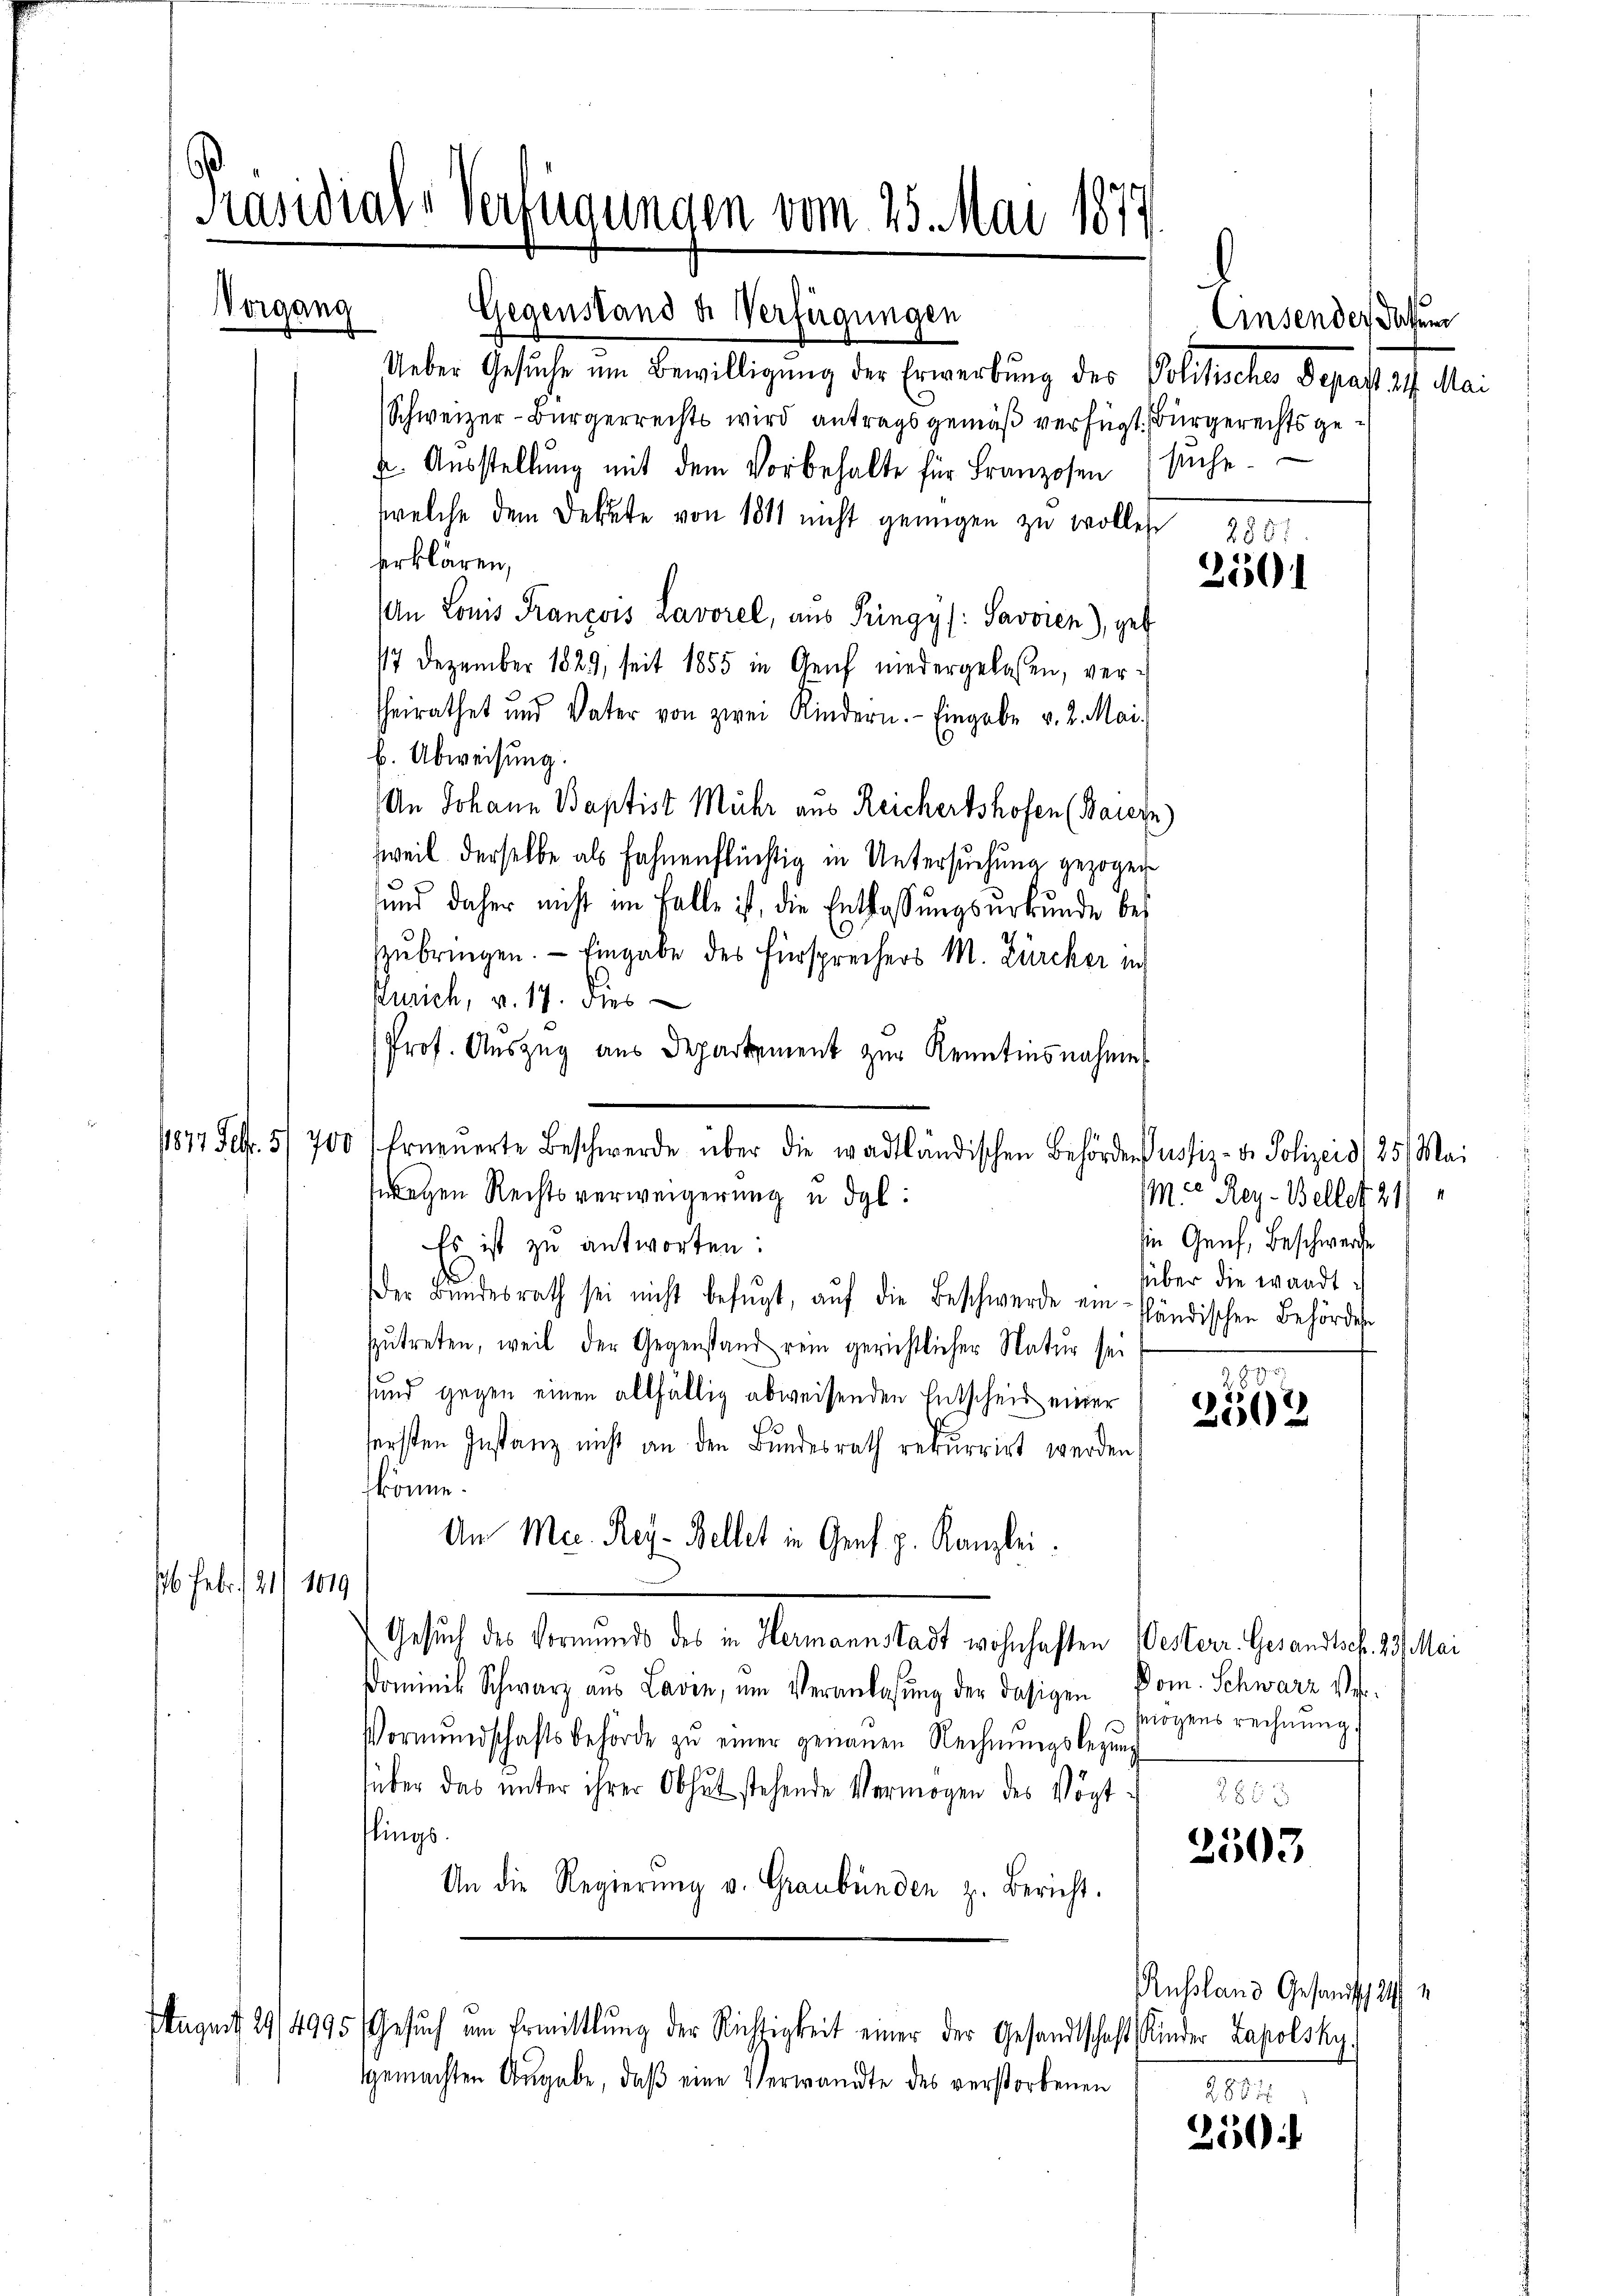
Präsidial-Verfügungen vom 25. Mai 1877

Gegenstand u. Verfügungen
Ueber Gesuche um Bewilligŭng der Erwerbung des Politische Depassat. Mai
Schweizer-Bürgerrechts wird antrags gemäß verfügt. Bürgerechts ge¬
u. Aŭsstellŭng mit dem Vorbehalte für Franzosen (sŭche
welche dem Dekate von 1811 nicht genügen zu wollen 235
serklären,
An Louis François Lavorel, aus Pringys: Savoren), geb
17 Dezember 1829, seit 1855 in Gleich niedergelassen, verheirathet und Vater von zwei Kindern. Eingabe v. 2. Mai.
b. Abweisung.
An Johann Baptist Mühr aus Reichertshofen (Baiern
sweil derselbe als Fahnenflüchtig in Untersuchung gezogen
ŭnd daher nicht im Falle ist, die Entlassŭngsŭrkŭnde bei
zŭbringen. — Eingabe des Fürsprechers M. Zürcher in
Zürich, v. 17. dies
Prof. Auszug aus Departement zur Kenntnisnahme
1877 Febr. 57700 Erneŭerte Beschwerde über die wadtländischen Behörden ustiz- u. Polizeidl 25. Mai
wegen Rechtsverweigerung u. dgl:
in Genf, Beschwerde
Es ist zu antworten:
über die wandt
der Bŭndesrath sei nicht befŭgt, aŭf die Beschwerde einhändischen Behörde
zutreten, weil der Gegenstand rein gerichtlicher Natur sei
1
sund gegen einen allfällig abweisenden Entscheit einer
2502
sersten Instanz nicht an den Bundesrath rekurrirt werden.
könne.
An Med. Rey-Bellet in Graf p. Kanzlei.
76. Febr. 121) 1019
Gesuch des Vormunds des in Hermannstadt wohnhaften Oesterr. Gesandtsch. 23. Mai
Dominik Schwarz aus Lavin, um Veranlassŭng der dasigen Dom. Schwarz ve
mögens rechnung.
Vormŭndschaftsbehörde zŭ einer genauen Rechnŭngslegung
über das unter ihrer Obhut stehende Vermögen des Vögt-
28 x
lings.
2503
An die Regierŭng v. Graubünden z. Bericht.
Jugent 29/4995 Gesŭch am Ermittlung der Richtigkeit einer der Gesandtschaft Kinder Zapolsky,
gemachten Angabe, daß eine Verwandte des verstorbenen
2887
250

Vorgang

2501

Mit Rey-Bellet 21

Einsender dassen

Russland Gesandtsch 24